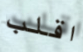
اقلب